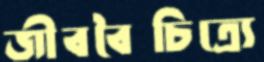
জীববৈচিত্র্যে